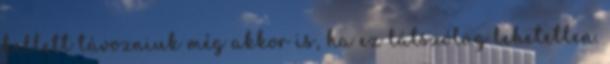
kellett távozniuk még akkor is, ha ez látszólag lehetetlen.